kultuurilooline_kollektsioon, lk 16
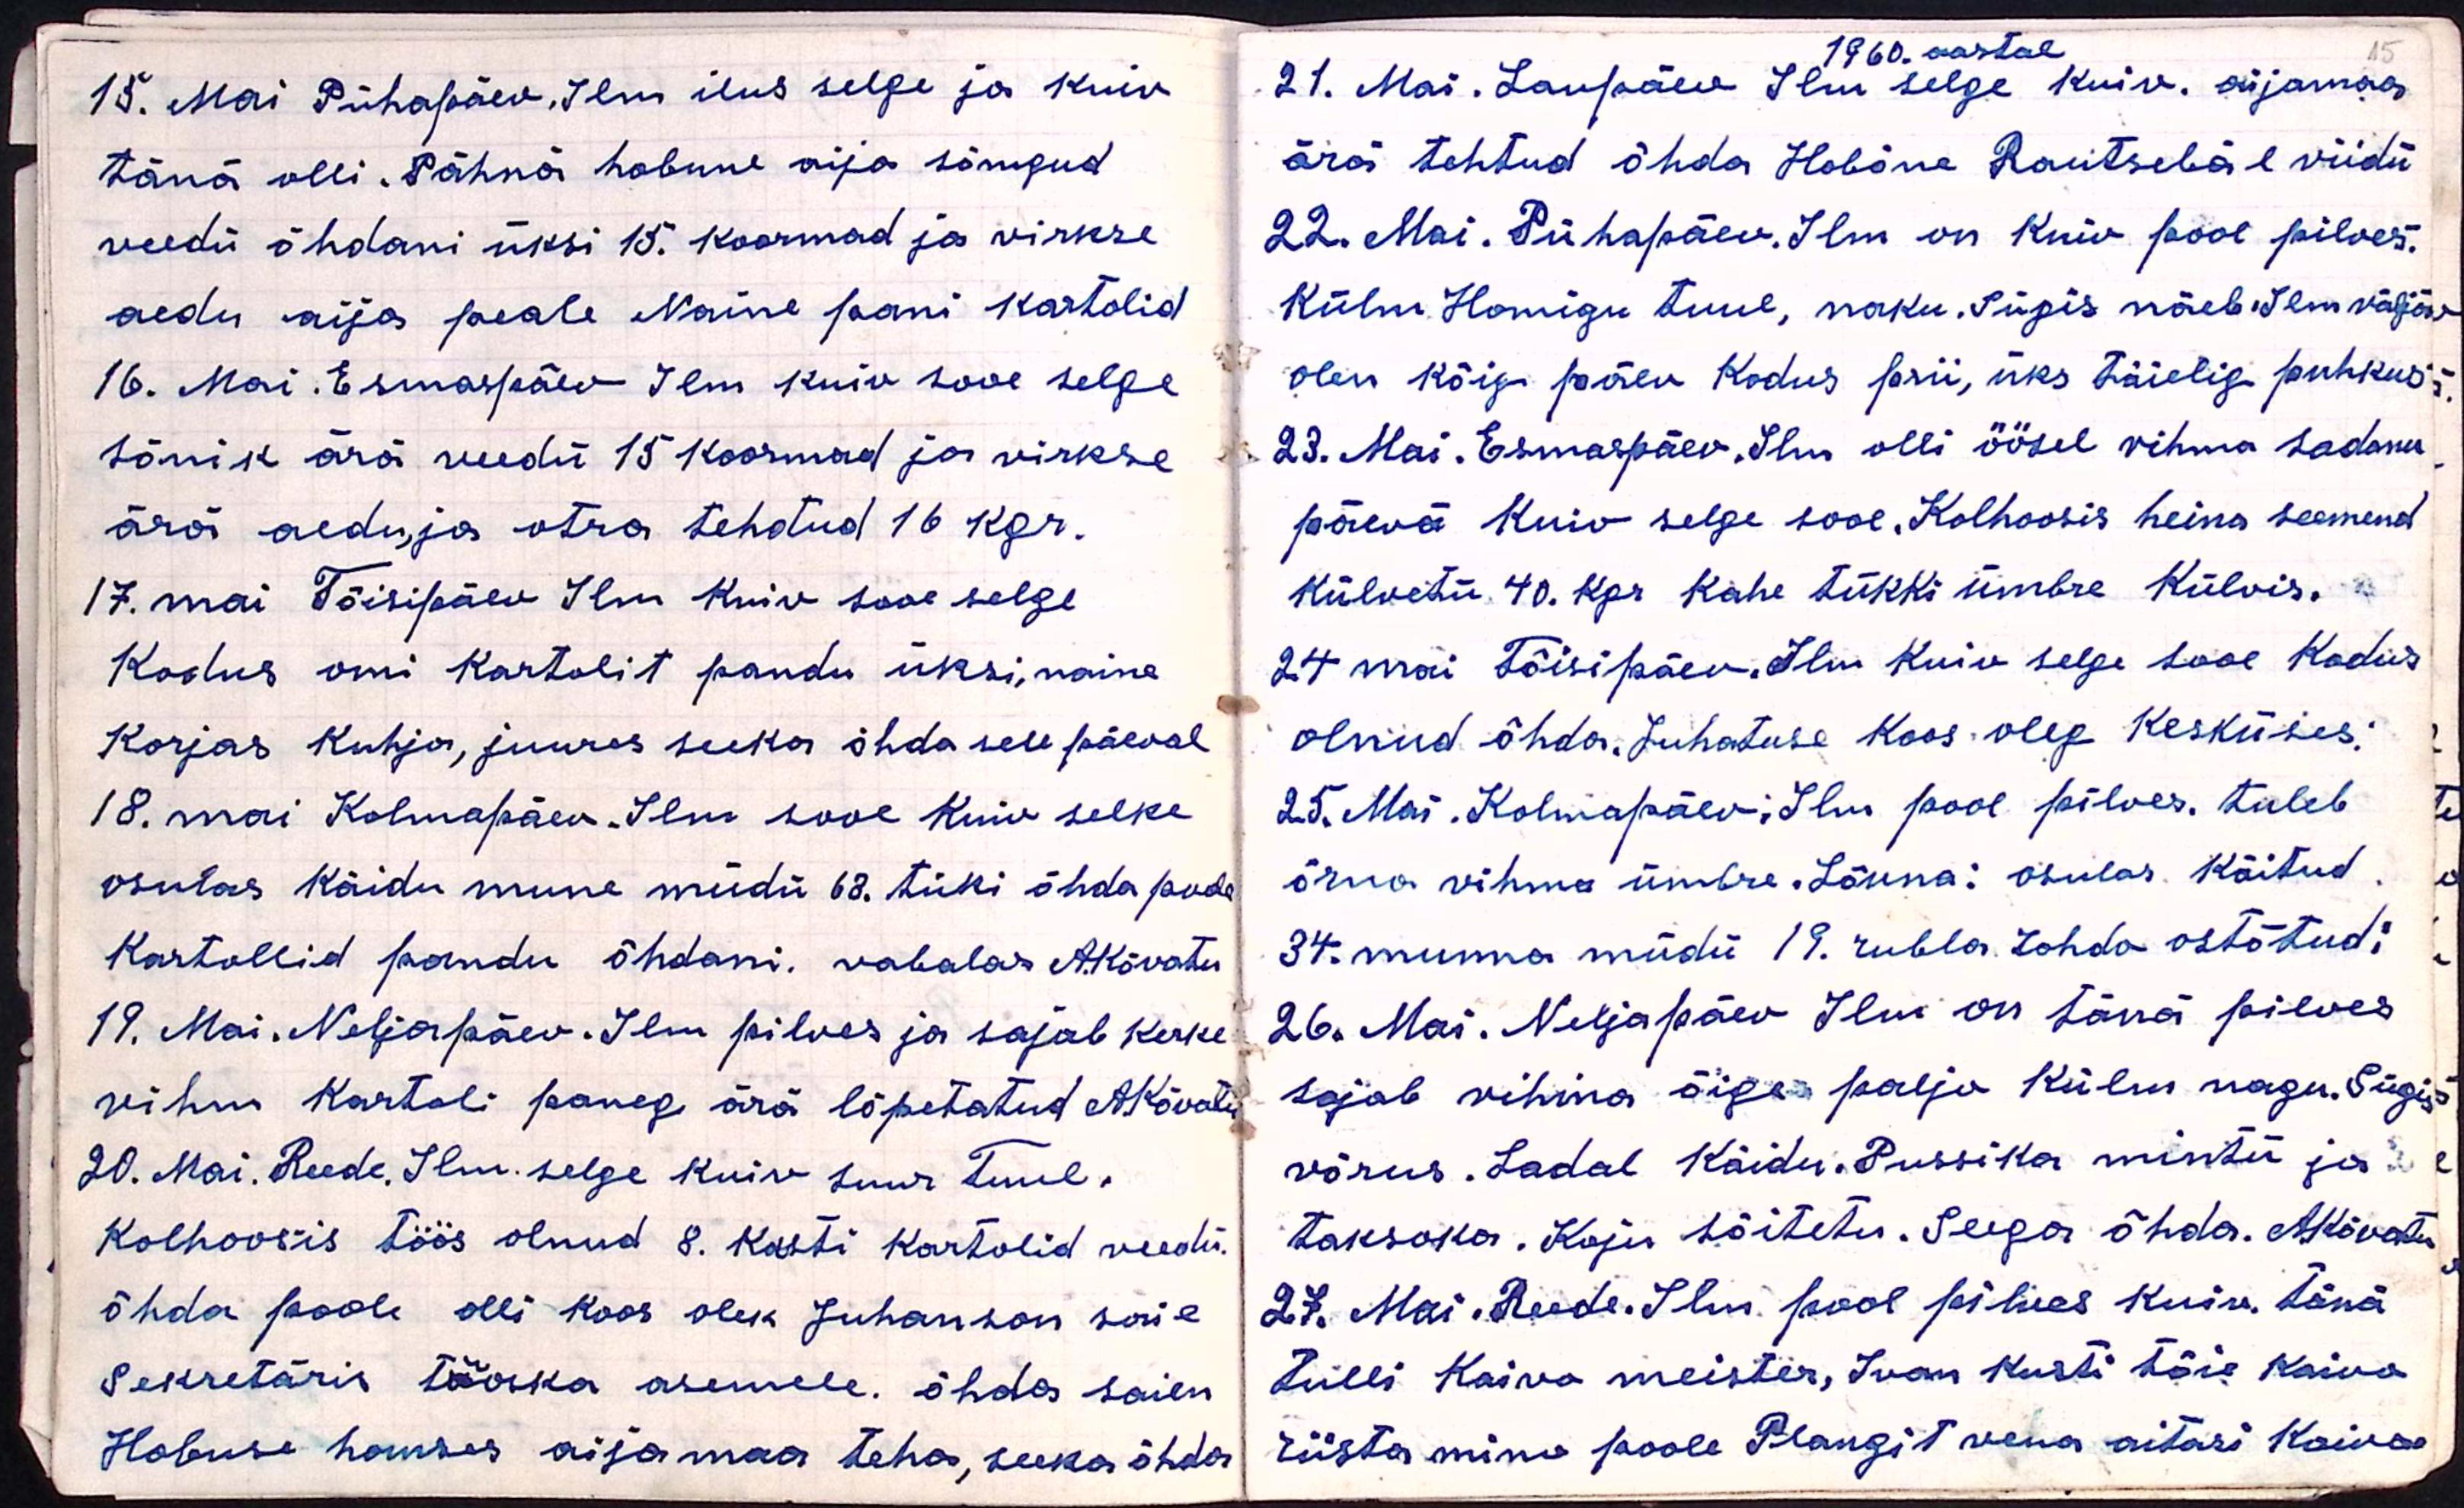
15. Mai Pühapäev, Ilm ilus selge ja kuiv
täna olli. Pähnä hobune aija sõngud
veedü õhtani üksi 15. koormad ja virkse
aedu aija peale Naine pani kartolid
16. Mai. Esmaspäev Ilm kuiv sooe selge
sõnik ärä veedu 15 koormad ja virkse
ärä aedu, ja otra tehdud 16 kgr.
17. mai Tõisipäev Ilm Kuiv sooe selge
Kodus omi kartolit pandu üksi, naine
Korjas Kuhja, juures seeka õhda sell päeval
18. mai Kolmapäev. Ilm sooe Kuiv selke
osulas käidu mune müdü 63. tüki õhda poole
Kartollid pandu õhdani. vabalas Akõvatu
19. Mai. Neljapäev. Ilm pilves ja sajab kerke
vihm kartoli paneg ära lõpetatud A. Kõvetu
20. Mai. Reede. Ilm. selge kuiv suur Tuul.
Kolhoosis töös olnud 8. kasti kartolid veedu.
õhda poole olli koos olek Juhanson saie
Sekretäris Töaska asemele. õhda saien
Hobuse homses aijamaa teha, seeks õhda

1960. aastal
21. Mai. Laupäev Ilm selge kuiv. aijamaa
ärä tehtud õhda Hobõne Rautsebäl viidu
22. Mai. Pühapäev. Ilm on kuiv pool pilves.
Külm Homigu tuul, naku. Sügis näeb Ilm väljä
olen kõig päev kodus prii, üks täielig puhkus;
23. Mai. Esmaspäev Ilm olli öösel vihma sadanu
päevä Kuiv selge sooe. Kolhoosis heina seemend
külvetü 40. Kgr kahe tükki ümbre külvis.
24 mai Tõisipäev. Ilm Kuiv selge sooe kodus
olnud õhda. Juhatuse koos oleg Kesküses,
25. Mai, Kolmapäev, Ilm pool pilves. tuleb
õrna vihma ümbre. Lõuna: osulas. Käitud
34. munna müdü 19 rubla Lohda ostõtud;
26. Mai. Neljapäev Ilm on tänä pilves
sajab vihma õige palju külm nagu. Sügis
võrus. Ladal Käidu, Pussika mintü ja
taksoka. Koju sõitetu. Seega õhda. A.Kõvatu
27. Mai. Reede. Ilm pool pilves kuiv. tänä
tulli Kaiva meister, Ivan Kusti tõie kaivo
riista mino poole Plangit vena aitasi Koivo

15